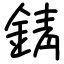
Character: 錆